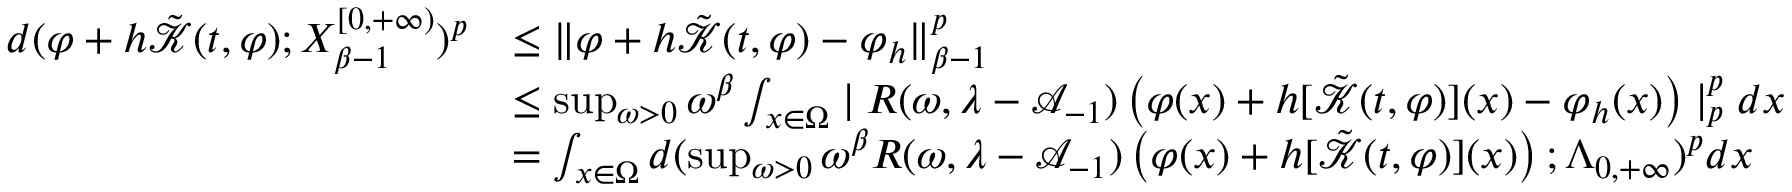
\begin{array} { r l } { d ( \varphi + h \tilde { \mathcal { K } } ( t , \varphi ) ; X _ { \beta - 1 } ^ { [ 0 , + \infty ) } ) ^ { p } } & { \leq \| \varphi + h \tilde { \mathcal { K } } ( t , \varphi ) - \varphi _ { h } \| _ { \beta - 1 } ^ { p } } \\ & { \leq \operatorname* { s u p } _ { \omega > 0 } \omega ^ { \beta } \int _ { x \in \Omega } \mid R ( \omega , \lambda - \mathcal { A } _ { - 1 } ) \left( \varphi ( x ) + h [ \tilde { \mathcal { K } } ( t , \varphi ) ] ( x ) - \varphi _ { h } ( x ) \right) \mid _ { p } ^ { p } d x } \\ & { = \int _ { x \in \Omega } d ( \operatorname* { s u p } _ { \omega > 0 } \omega ^ { \beta } R ( \omega , \lambda - \mathcal { A } _ { - 1 } ) \left( \varphi ( x ) + h [ \tilde { \mathcal { K } } ( t , \varphi ) ] ( x ) \right) ; \Lambda _ { 0 , + \infty } ) ^ { p } d x } \end{array}